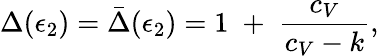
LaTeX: \Delta(\epsilon_{2})=\bar{\Delta}(\epsilon_{2})=1\; +\; {\frac{c_{V}}{c_{V}-k}},